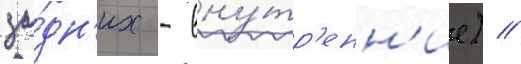
за́дн'их - вну́тр'енн'ие) //